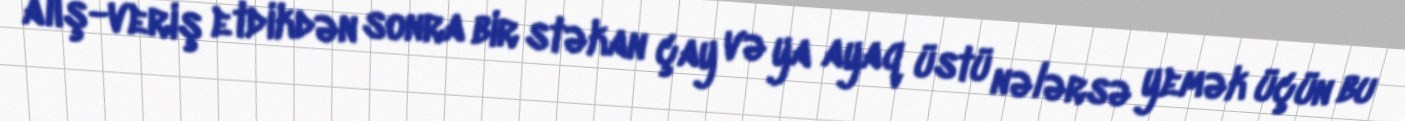
alış-veriş etdikdən sonra bir stəkan çay və ya ayaq üstü nələrsə yemək üçün bu